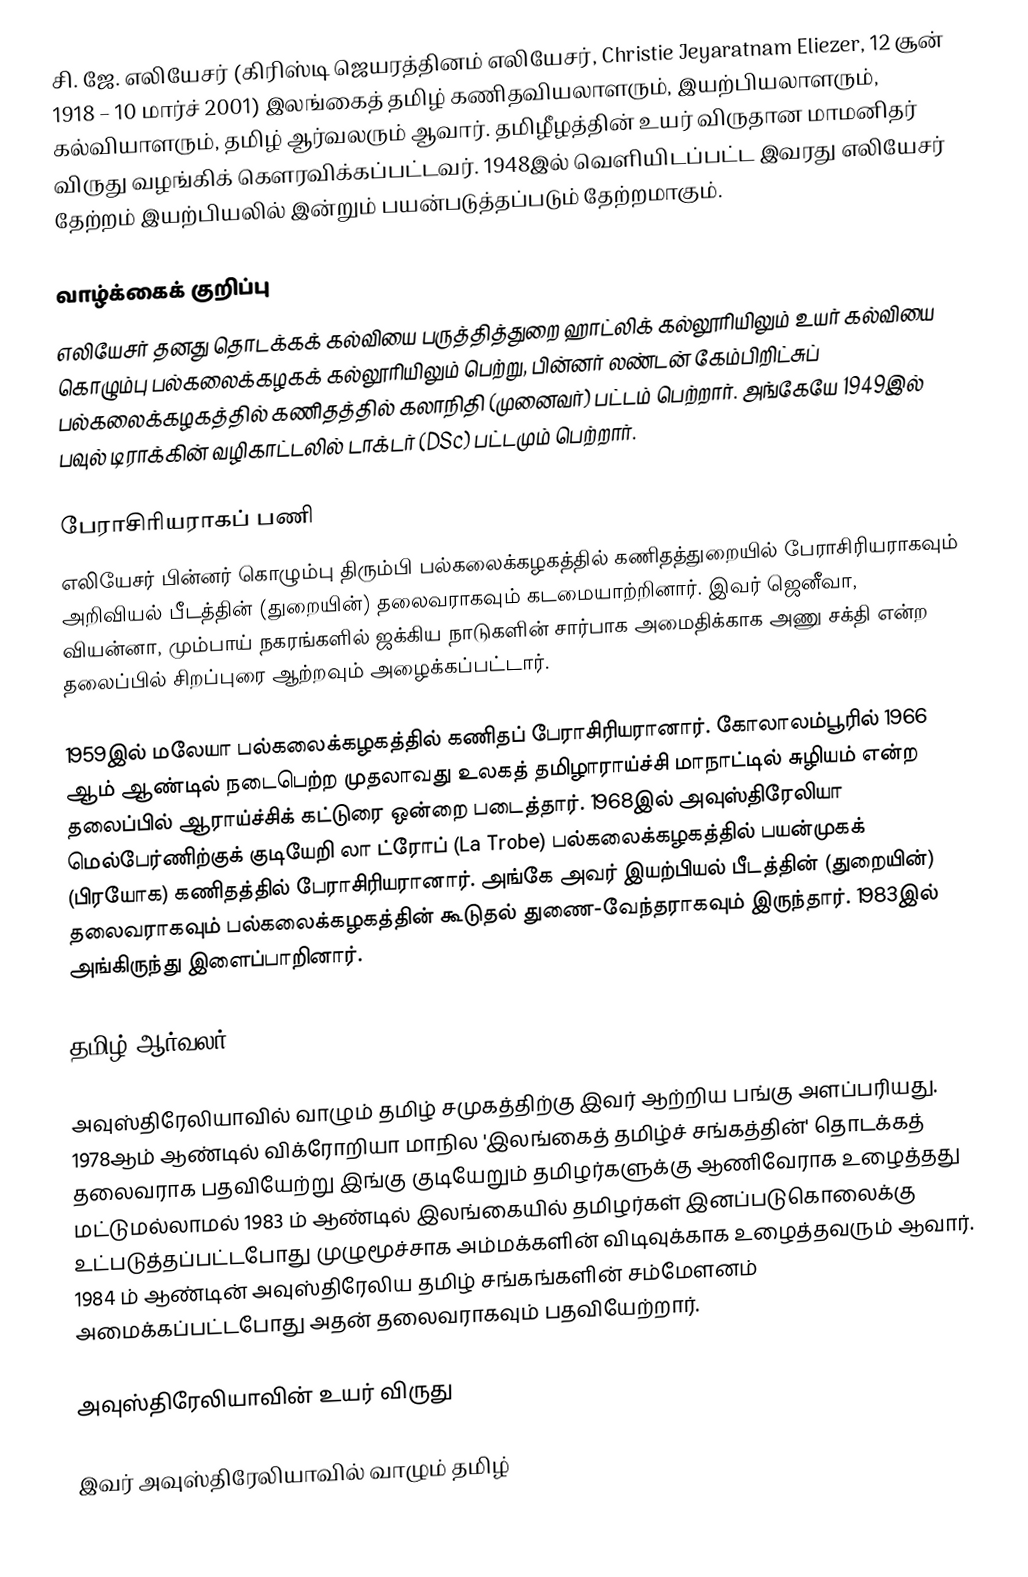
சி. ஜே. எலியேசர் (கிரிஸ்டி ஜெயரத்தினம் எலியேசர், Christie Jeyaratnam Eliezer, 12 சூன் 1918 – 10 மார்ச் 2001) இலங்கைத் தமிழ் கணிதவியலாளரும், இயற்பியலாளரும், கல்வியாளரும், தமிழ் ஆர்வலரும் ஆவார். தமிழீழத்தின் உயர் விருதான மாமனிதர் விருது வழங்கிக் கௌரவிக்கப்பட்டவர். 1948இல் வெளியிடப்பட்ட இவரது எலியேசர் தேற்றம் இயற்பியலில் இன்றும் பயன்படுத்தப்படும் தேற்றமாகும்.

வாழ்க்கைக் குறிப்பு
எலியேசர் தனது தொடக்கக் கல்வியை பருத்தித்துறை ஹாட்லிக் கல்லூரியிலும் உயர் கல்வியை கொழும்பு பல்கலைக்கழகக் கல்லூரியிலும் பெற்று, பின்னர் லண்டன் கேம்பிறிட்சுப் பல்கலைக்கழகத்தில் கணிதத்தில் கலாநிதி (முனைவர்) பட்டம் பெற்றார். அங்கேயே 1949இல் பவுல் டிராக்கின் வழிகாட்டலில் டாக்டர் (DSc) பட்டமும் பெற்றார்.

பேராசிரியராகப் பணி
எலியேசர் பின்னர் கொழும்பு திரும்பி பல்கலைக்கழகத்தில் கணிதத்துறையில் பேராசிரியராகவும் அறிவியல் பீடத்தின் (துறையின்) தலைவராகவும் கடமையாற்றினார். இவர் ஜெனீவா, வியன்னா, மும்பாய் நகரங்களில் ஜக்கிய நாடுகளின் சார்பாக அமைதிக்காக அணு சக்தி என்ற தலைப்பில் சிறப்புரை ஆற்றவும் அழைக்கப்பட்டார்.

1959இல் மலேயா பல்கலைக்கழகத்தில் கணிதப் பேராசிரியரானார். கோலாலம்பூரில் 1966 ஆம் ஆண்டில் நடைபெற்ற முதலாவது உலகத் தமிழாராய்ச்சி மாநாட்டில் சுழியம் என்ற தலைப்பில் ஆராய்ச்சிக் கட்டுரை ஒன்றை படைத்தார். 1968இல் அவுஸ்திரேலியா மெல்பேர்ணிற்குக் குடியேறி லா ட்ரோப் (La Trobe) பல்கலைக்கழகத்தில் பயன்முகக் (பிரயோக) கணிதத்தில் பேராசிரியரானார். அங்கே அவர் இயற்பியல் பீடத்தின் (துறையின்) தலைவராகவும் பல்கலைக்கழகத்தின் கூடுதல் துணை-வேந்தராகவும் இருந்தார். 1983இல் அங்கிருந்து இளைப்பாறினார்.

தமிழ் ஆர்வலர்

அவுஸ்திரேலியாவில் வாழும் தமிழ் சமுகத்திற்கு இவர் ஆற்றிய பங்கு அளப்பரியது. 1978ஆம் ஆண்டில் விக்ரோறியா மாநில 'இலங்கைத் தமிழ்ச் சங்கத்தின்' தொடக்கத் தலைவராக பதவியேற்று இங்கு குடியேறும் தமிழர்களுக்கு ஆணிவேராக உழைத்தது மட்டுமல்லாமல் 1983 ம் ஆண்டில் இலங்கையில் தமிழர்கள் இனப்படுகொலைக்கு உட்படுத்தப்பட்டபோது முழுமூச்சாக அம்மக்களின் விடிவுக்காக உழைத்தவரும் ஆவார். 1984 ம் ஆண்டின் அவுஸ்திரேலிய தமிழ் சங்கங்களின் சம்மேளனம் அமைக்கப்பட்டபோது அதன் தலைவராகவும் பதவியேற்றார்.

அவுஸ்திரேலியாவின் உயர் விருது

இவர் அவுஸ்திரேலியாவில் வாழும் தமிழ்